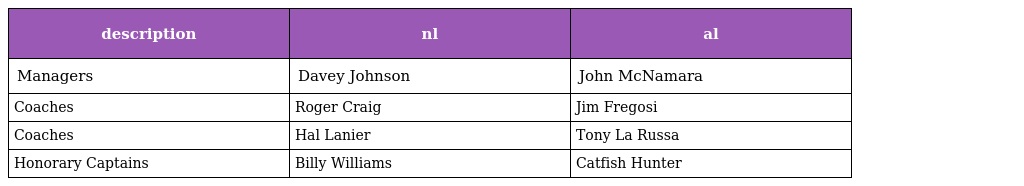
| description | nl | al |
 | --- | --- | --- |
 | Managers | Davey Johnson | John McNamara |
 | Coaches | Roger Craig | Jim Fregosi |
 | Coaches | Hal Lanier | Tony La Russa |
 | Honorary Captains | Billy Williams | Catfish Hunter |